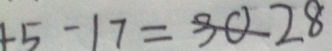
5 - 1 7 = 3 0 2 8